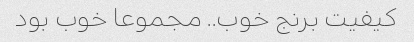
کیفیت برنج خوب.. مجموعا خوب بود